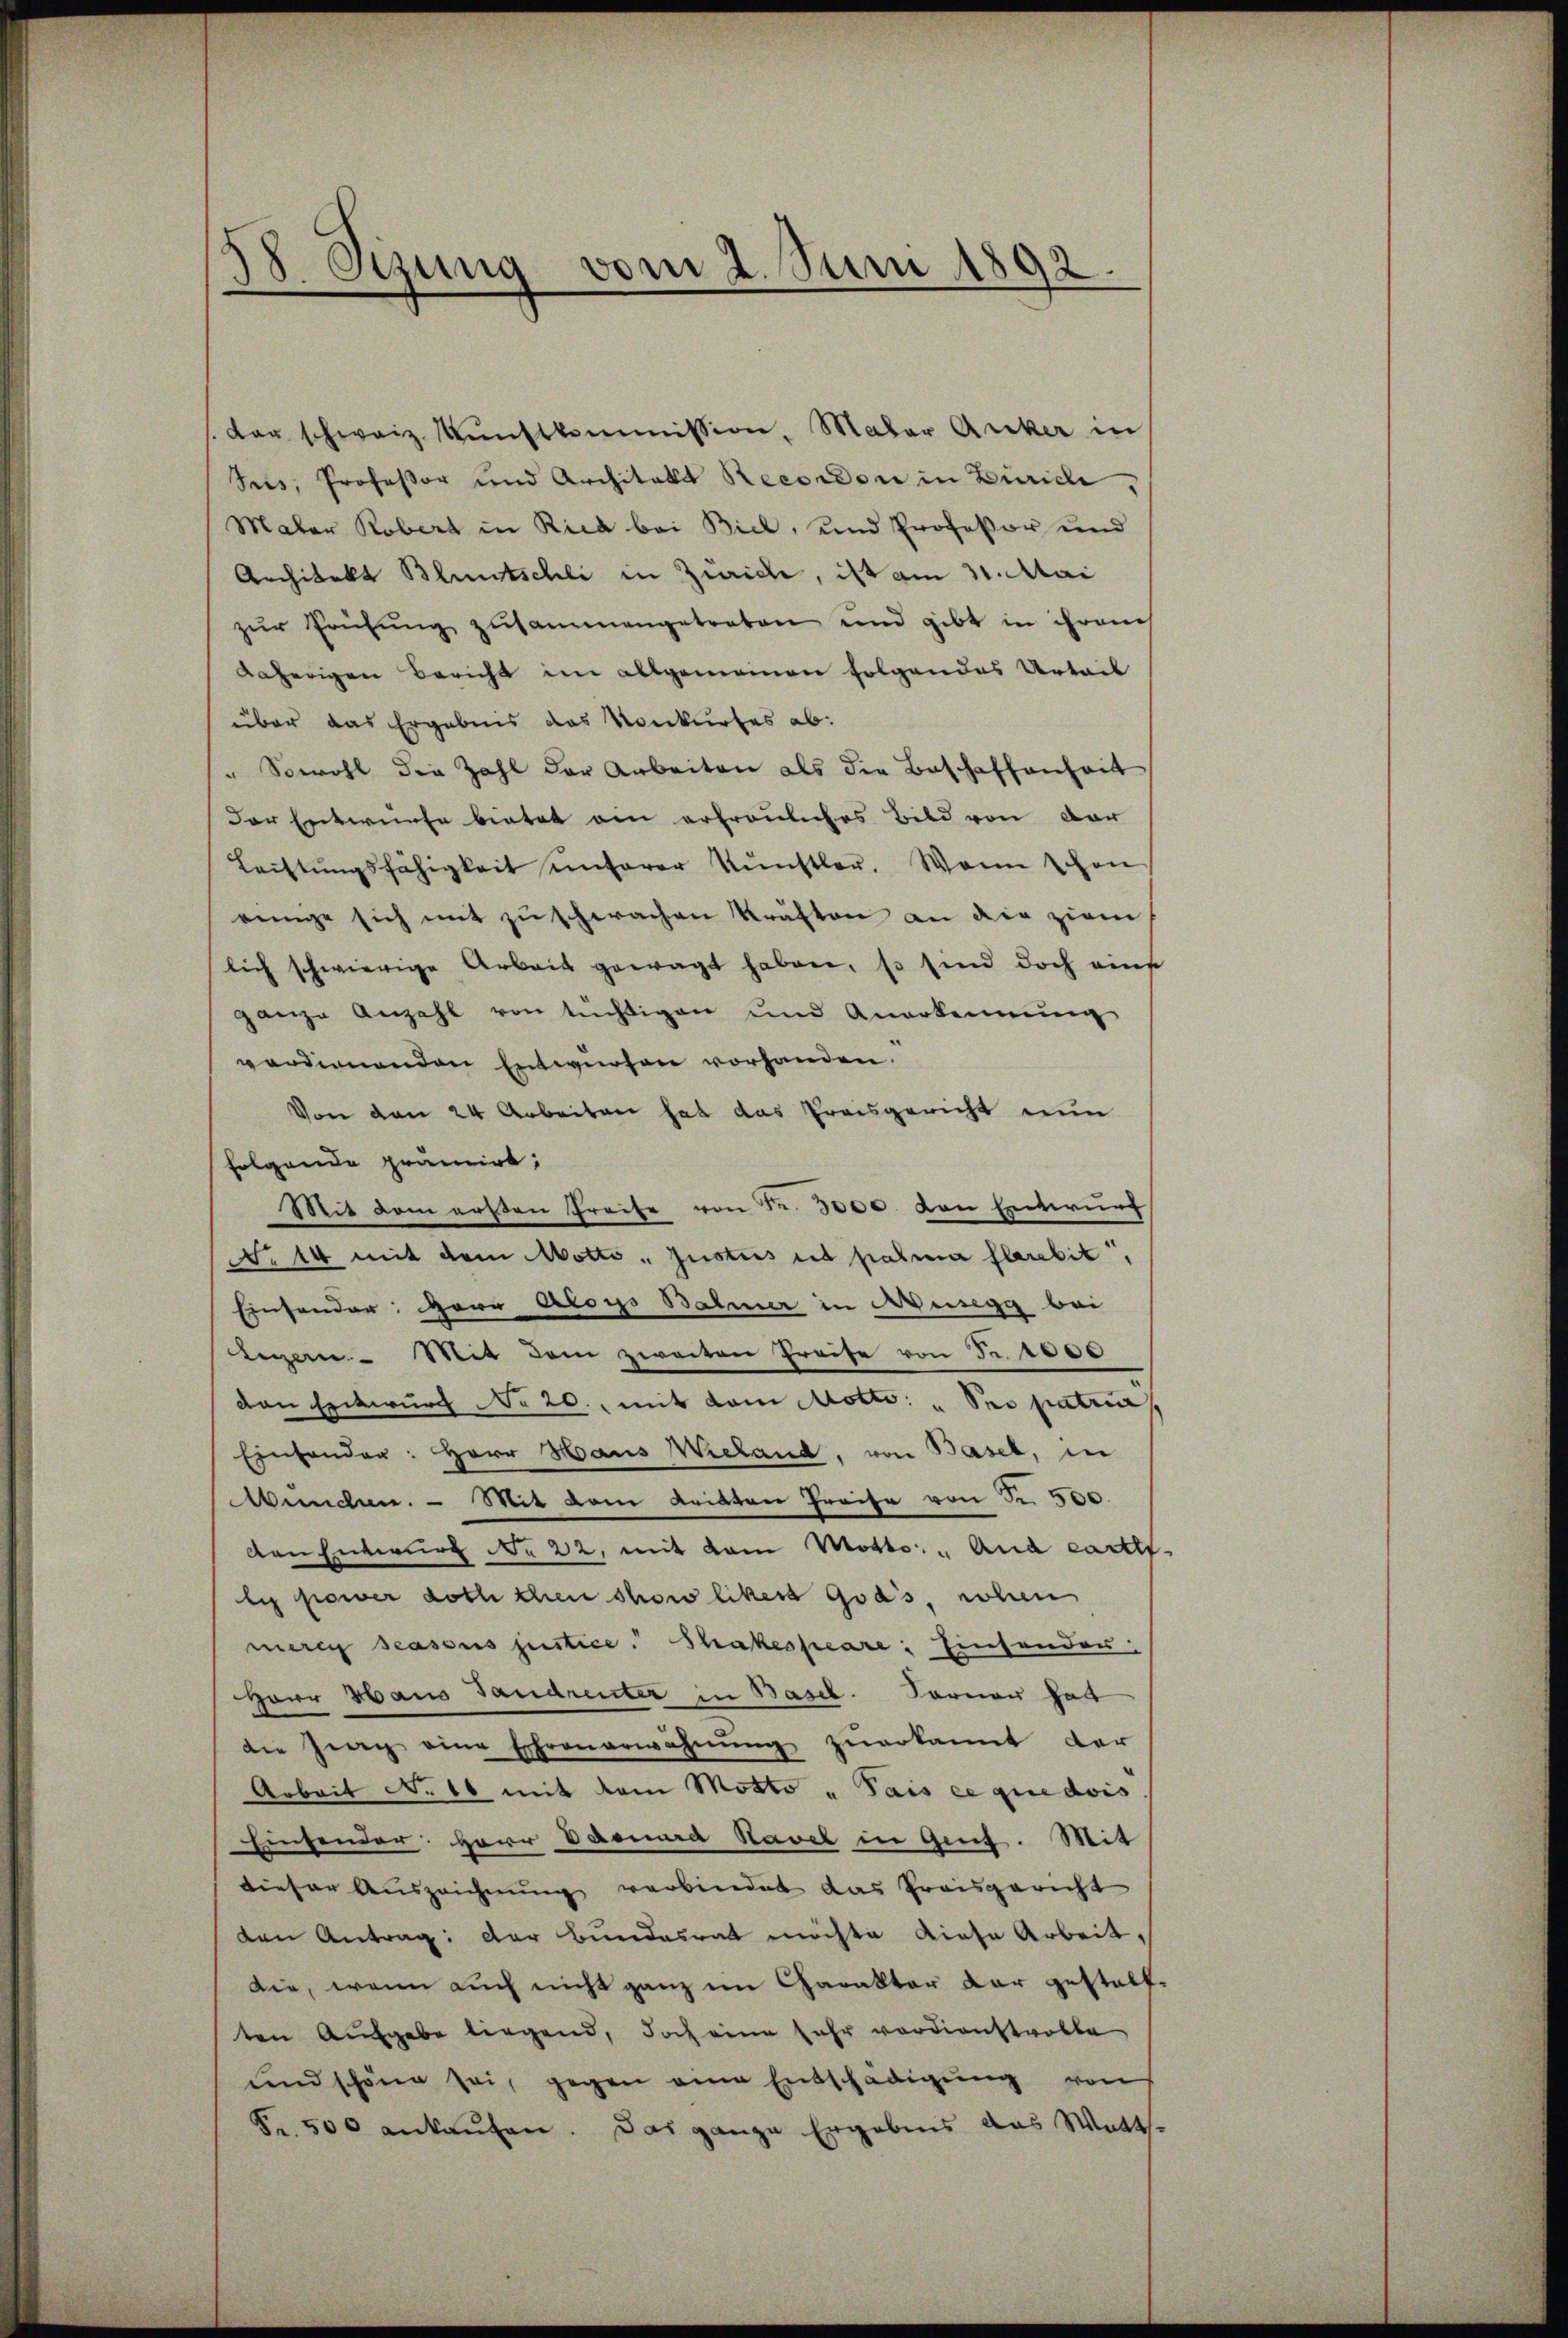
38. Oczung vom 2. Juni 1892.

/. der schweiz Künstkommission, Maler Acker in
Jus, Professor und Architekt Recordon in Zürich,
Maler Robert in Rica bei Biel, und Profeßor und
Architekt Bluntschli in Zürich, ist am 31. Mai
zŭr Prüfŭng zusammengetreten und gibt in ihrem
daherigen Bericht im allgemeinen folgendes Urteil
über das Ergebnis das Konkurses ab:
" Sowohl die Zahl der Arbeiten als die Beschaffenheit
der Entwurfe bietet am erfreuliches Bild von der
Leistŭngsfähigkeit ŭnterer Künstler. Wenn schon
einge sich mit zu schwachen kräften an die ziem
lich schwierige Arbeit gewagt haben, so sind doch eine
ganze Anzahl von tüchtigen und Anerkennung
verdienenden Entwürfen vorhanden.
Von den 24 Arbeiten hat das Preisgericht nun
folgende prämiert;
Mit dem ersten Preise von Fr. 3000. von Entwurf
No 14 mit dem Motto Justus ad pasia sarebit,
Einsender: Herr Aloys Balmer in Ausegg bei
tegern. Mit dem zweiten Preise von Fr. 1000
den Entwurf No 20., mit dem Motto: "Seo patria
Einsonder: Herr Haus Wieland, von Basel, in
Wunden. - Mit dem Leisten Greife von Fr. 500.
ven Entwurf No 22, mit dem Motto: "And cartti-
lc power doch chen schow likert Gras rohen
mere assus justice. Shakespeare: Einsender:
HHerr Haus Tandrenter in Basel. Forner hat
die Zeug eine Ehrenerwähnung zuerkannt der
Arbeit No 10 mit vom Motto „Pais ce que dois
Einsender: Herr Darina Ravel in Gent. Mit
dieser Auszeichnung verbindet das Preisgericht
den Antrag: Der Bundesrat möchte Liefe Arbeit,
die, wenn auch nicht ganz im Charakter dar gestalften Aufgabe liegend, doch eine sehr verdienstvolle
und schöne sei, gegen eine Entschädigung von
Fr. 500 ankaŭfen. Das ganze Ergebnis das Watt¬